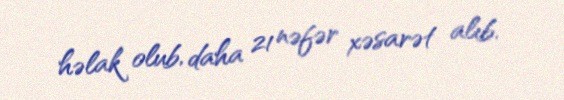
həlak olub, daha 21 nəfər xəsarət alıb.